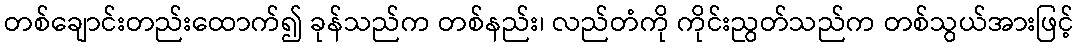
တစ်ချောင်းတည်းထောက်၍ ခုန်သည်က တစ်နည်း၊ လည်တံကို ကိုင်းညွတ်သည်က တစ်သွယ်အားဖြင့်